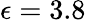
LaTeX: \epsilon=3.8